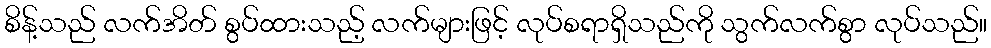
စိန့်သည် လက်အိတ် စွပ်ထားသည့် လက်များဖြင့် လုပ်စရာရှိသည်ကို သွက်လက်စွာ လုပ်သည်။